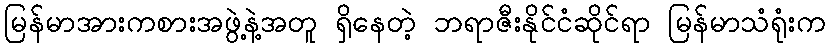
မြန်မာအားကစားအဖွဲ့နဲ့အတူ ရှိနေတဲ့ ဘရာဇီးနိုင်ငံဆိုင်ရာ မြန်မာသံရုံးက